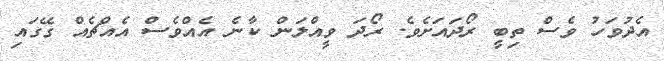
އެދުވަހު ވެސް ތިބީ ރޯދައަށެވެ. ރޯދަ ވީއްލަން ކާނެ އެއްވެސް އެއްޗެއް ގޭގައި